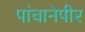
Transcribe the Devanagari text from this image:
पांचानेपीर